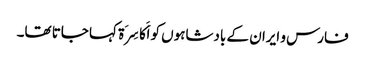
فارس و ایران کے بادشاہوں کو اَکَاسِرَۃ کہا جاتا تھا۔